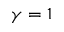
\gamma = 1